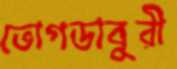
ভোগডাবুরী